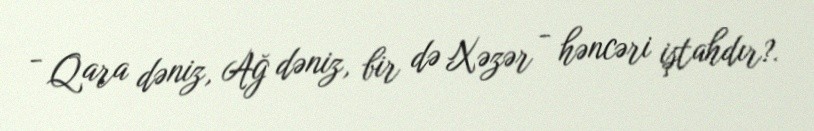
- Qara dəniz, Ağ dəniz, bir də Xəzər - həncəri iştahdır?.